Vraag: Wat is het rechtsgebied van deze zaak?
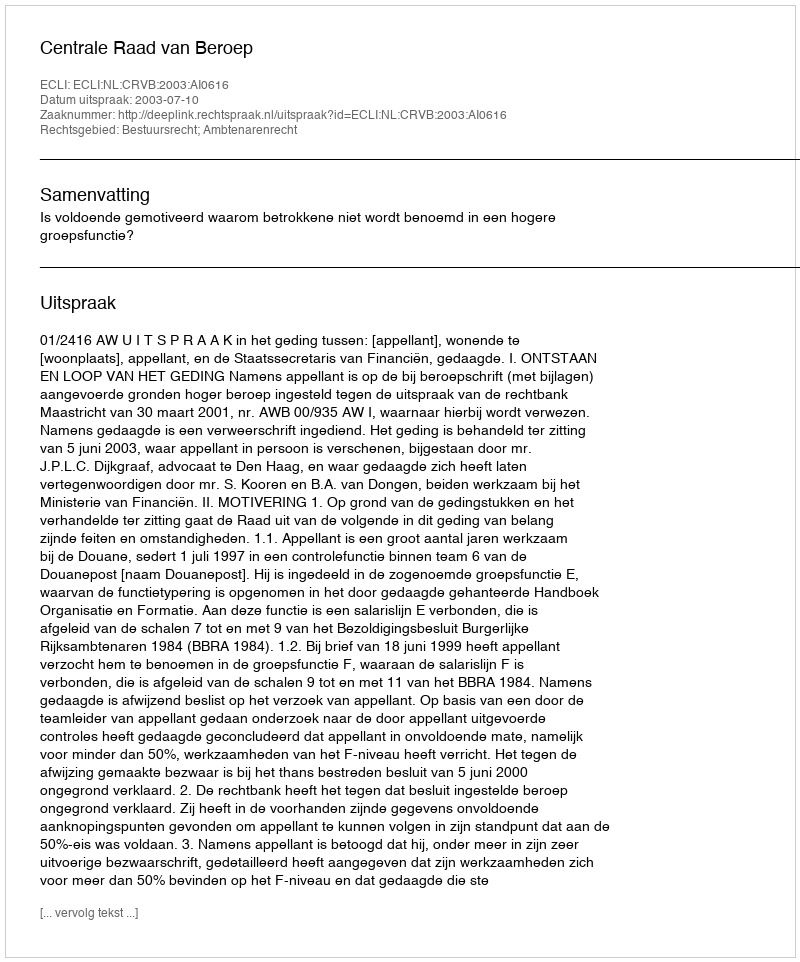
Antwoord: Bestuursrecht; Ambtenarenrecht